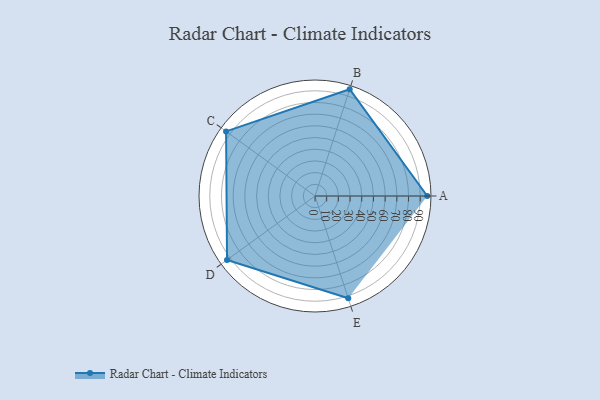
{"axis": {"x": "Skill", "y": "Score"}, "legend": ["Profile"], "data": [{"x": "A", "y": 96.0, "type": "Profile"}, {"x": "B", "y": 96.0, "type": "Profile"}, {"x": "C", "y": 94.0, "type": "Profile"}, {"x": "D", "y": 93.0, "type": "Profile"}, {"x": "E", "y": 92.0, "type": "Profile"}]}